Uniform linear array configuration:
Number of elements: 8
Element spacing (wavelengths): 0.5
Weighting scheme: blackman
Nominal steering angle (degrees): -60
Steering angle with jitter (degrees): -60.015
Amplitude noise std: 0.05
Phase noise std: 0.05

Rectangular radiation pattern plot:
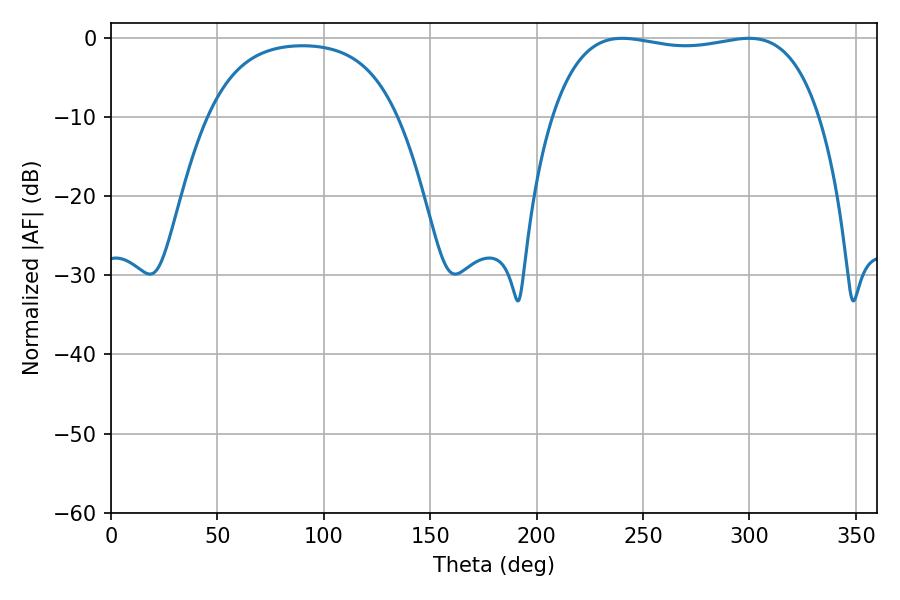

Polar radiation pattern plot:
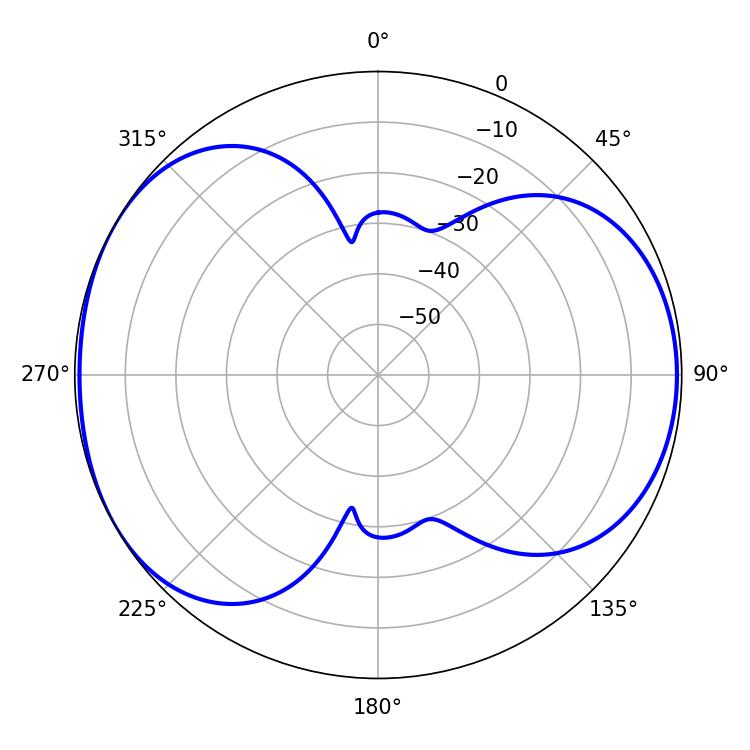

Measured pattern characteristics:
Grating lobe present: FALSE
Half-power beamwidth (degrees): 100.8
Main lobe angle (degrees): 240.3